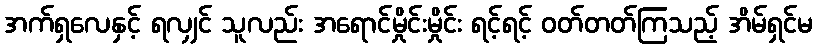
အက်ရှလေနှင့် ရလျှင် သူလည်း အရောင်မှိုင်းမှိုင်း ရင့်ရင့် ဝတ်တတ်ကြသည့် အိမ်ရှင်မ